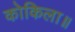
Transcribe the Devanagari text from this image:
कोकिला॥